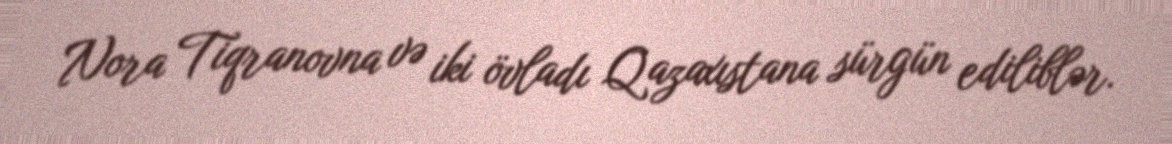
Nora Tiqranovna və iki övladı Qazaxıstana sürgün ediliblər.